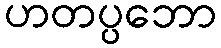
ဟတပ္ပဘော